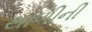
થાળીની